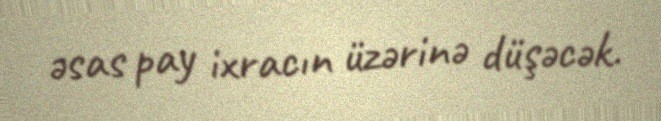
əsas pay ixracın üzərinə düşəcək.